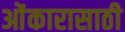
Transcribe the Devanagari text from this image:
ओंकारासाठी